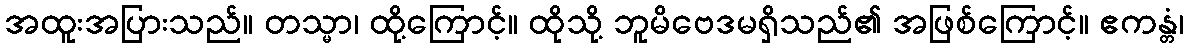
အထူးအပြားသည်။ တသ္မာ၊ ထို့ကြောင့်။ ထိုသို့ ဘူမိဗေဒမရှိသည်၏ အဖြစ်ကြောင့်။ ဧကန္တံ၊